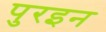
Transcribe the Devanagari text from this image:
पुरइन